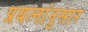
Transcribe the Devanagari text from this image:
प्रयत्नांनुसार